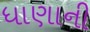
ધાણાની